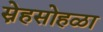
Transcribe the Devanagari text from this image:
स्नेहसोहळा